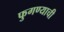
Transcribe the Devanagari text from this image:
फुगण्याची